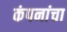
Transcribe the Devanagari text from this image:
कंपनांचा